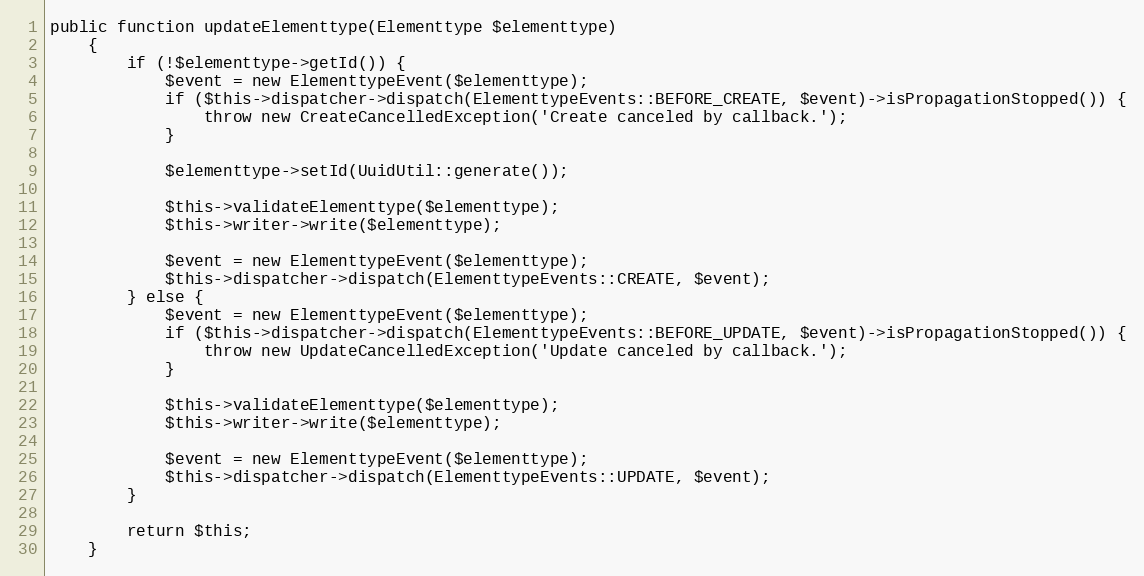
Language: PHP
public function updateElementtype(Elementtype $elementtype)
    {
        if (!$elementtype->getId()) {
            $event = new ElementtypeEvent($elementtype);
            if ($this->dispatcher->dispatch(ElementtypeEvents::BEFORE_CREATE, $event)->isPropagationStopped()) {
                throw new CreateCancelledException('Create canceled by callback.');
            }

            $elementtype->setId(UuidUtil::generate());

            $this->validateElementtype($elementtype);
            $this->writer->write($elementtype);

            $event = new ElementtypeEvent($elementtype);
            $this->dispatcher->dispatch(ElementtypeEvents::CREATE, $event);
        } else {
            $event = new ElementtypeEvent($elementtype);
            if ($this->dispatcher->dispatch(ElementtypeEvents::BEFORE_UPDATE, $event)->isPropagationStopped()) {
                throw new UpdateCancelledException('Update canceled by callback.');
            }

            $this->validateElementtype($elementtype);
            $this->writer->write($elementtype);

            $event = new ElementtypeEvent($elementtype);
            $this->dispatcher->dispatch(ElementtypeEvents::UPDATE, $event);
        }

        return $this;
    }